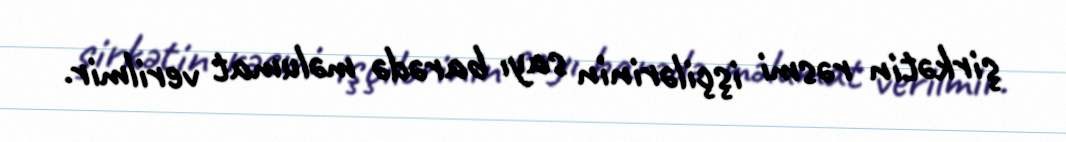
şirkətin rəsmi işçilərinin sayı barədə məlumat verilmir.